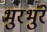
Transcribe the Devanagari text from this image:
भुरभुरे